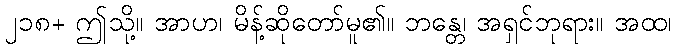
၂၁၈+ ဤသို့။ အာဟ၊ မိန့်ဆိုတော်မူ၏။ ဘန္တေ၊ အရှင်ဘုရား။ အထ၊